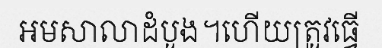
អមសាលាដំបូង។ហើយត្រូវធ្វើ